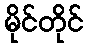
မိုင်တိုင်